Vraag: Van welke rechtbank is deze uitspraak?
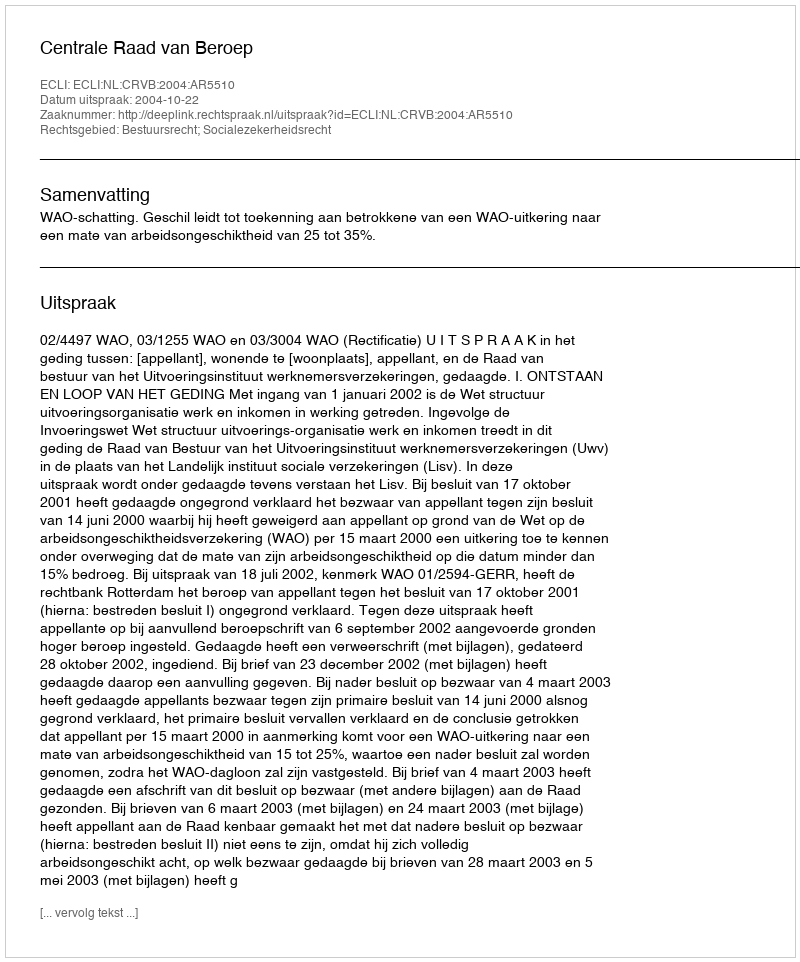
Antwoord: Centrale Raad van Beroep